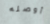
أوصله